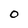
Character: O